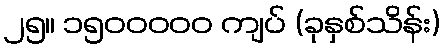
၂၅။ ၁၅၀၀၀၀၀ ကျပ် (ခုနှစ်သိန်း)